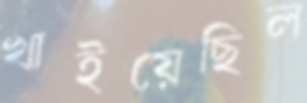
খাইয়েছিল